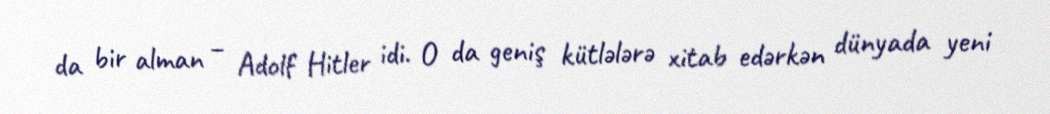
da bir alman – Adolf Hitler idi. O da geniş kütlələrə xitab edərkən dünyada yeni